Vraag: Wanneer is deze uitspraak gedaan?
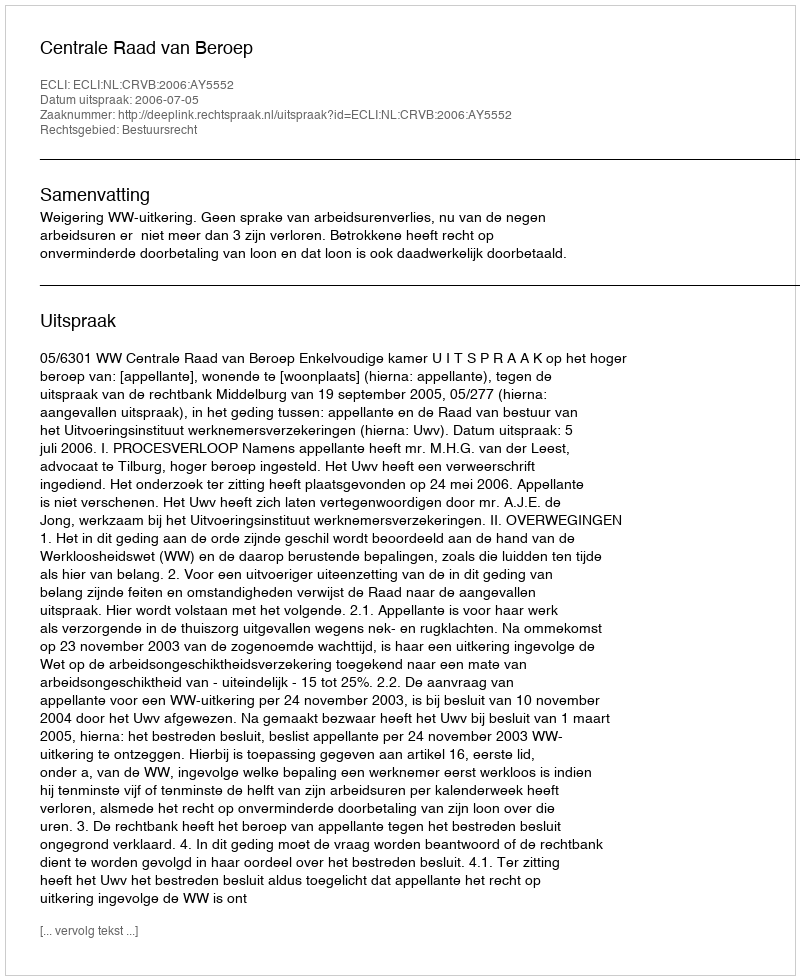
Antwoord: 2006-07-05